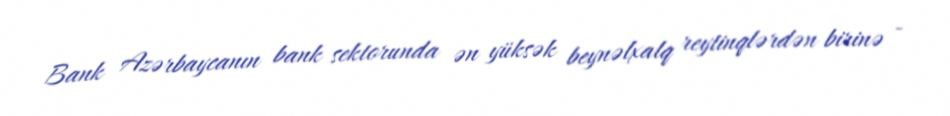
Bank Azərbaycanın bank sektorunda ən yüksək beynəlxalq reytinqlərdən birinə -